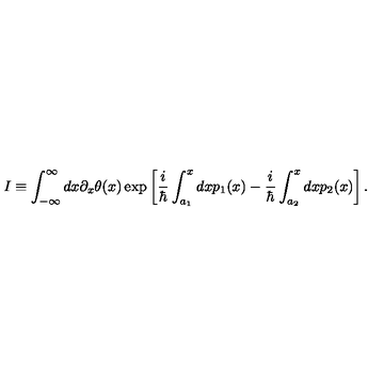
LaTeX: I \equiv \int _ { - \infty } ^ { \infty } d x \partial _ { x } \theta ( x ) \exp \left[ { \frac { i } { \hbar } } \int _ { a _ { 1 } } ^ { x } d x p _ { 1 } ( x ) - { \frac { i } { \hbar } } \int _ { a _ { 2 } } ^ { x } d x p _ { 2 } ( x ) \right] .